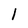
Character: 1